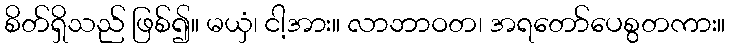
စိတ်ရှိသည် ဖြစ်၍။ မယှံ၊ ငါ့အား။ လာဘာဝတ၊ အရတော်ပေစွတကား။